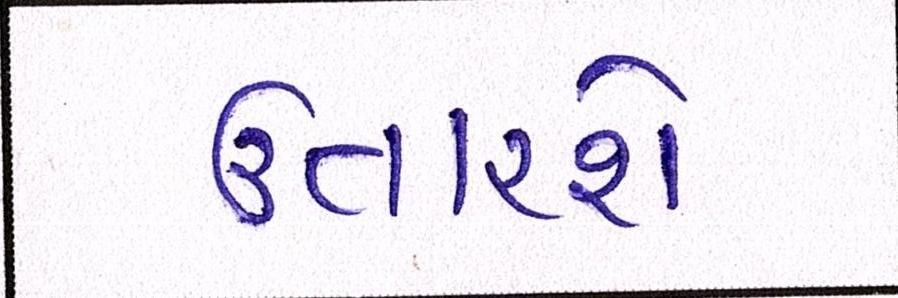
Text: ઉતારશે